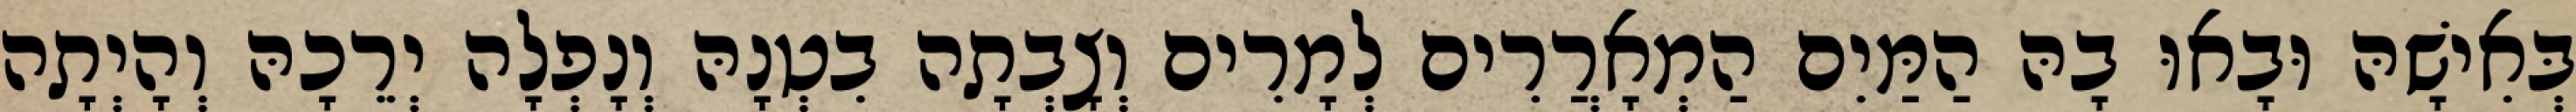
בְּאִישָׁהּ וּבָאוּ בָהּ הַמַּיִם הַמְאָרֲרִים לְמָרִים וְצָבְתָה בִטְנָהּ וְנָפְלָה יְרֵכָהּ וְהָיְתָה